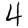
Digit: 4